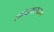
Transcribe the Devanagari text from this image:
खंडवाप्रस्थ